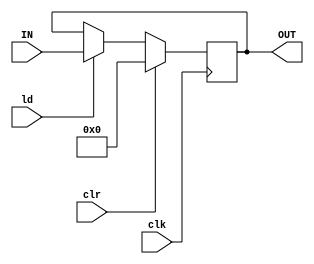
`timescale 1ns / 1ps
//////////////////////////////////////////////////////////////////////////////////
// Company: 
// Engineer: 
// 
// Design Name: 
// Module Name: PIPO1
// Project Name: 
// Target Devices: 
// Tool Versions: 
// Description: 
// 
// Dependencies: 
// 
// Revision:
// Revision 0.01 - File Created
// Additional Comments:
// 
//////////////////////////////////////////////////////////////////////////////////


module PIPO1(OUT,IN,clk,ld,clr);

output reg [7:0]OUT;
input [7:0] IN;
input clk,ld,clr;

always @(posedge clk) begin
    if(clr) OUT<=0;
    else if(ld) OUT<=IN;
end

endmodule